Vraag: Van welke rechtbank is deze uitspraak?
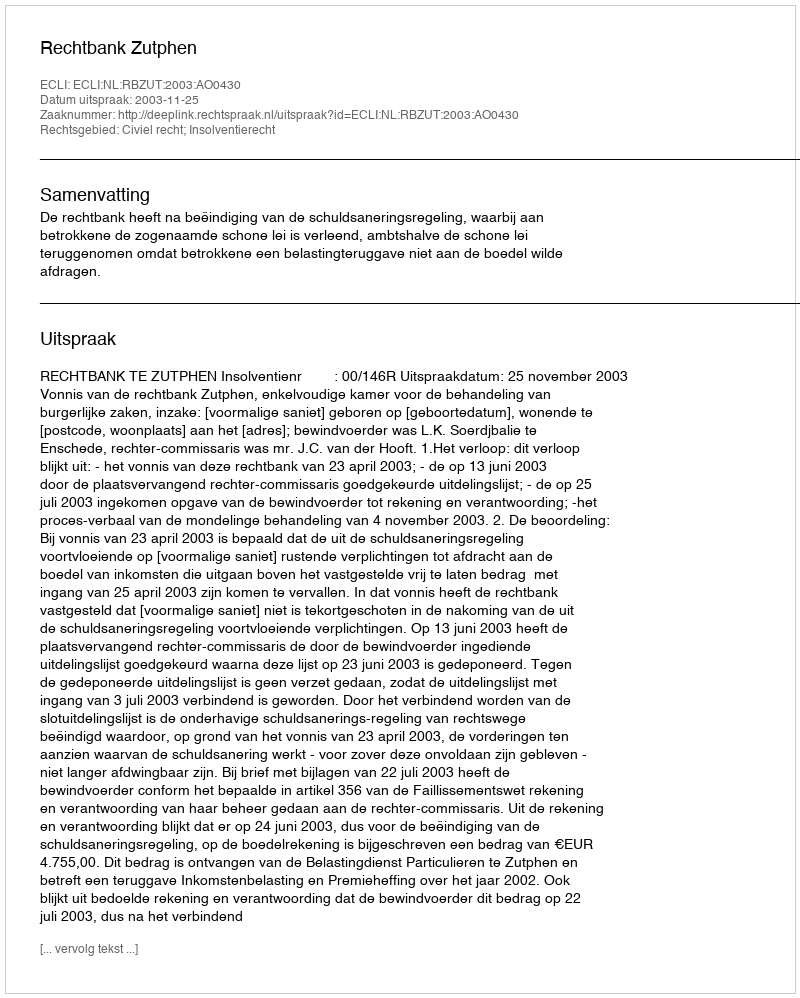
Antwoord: Rechtbank Zutphen